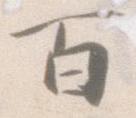
百